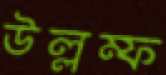
উল্লম্ফ